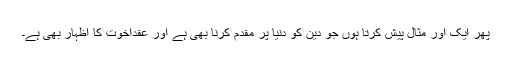
پھر ایک اور مثال پیش کرتا ہوں جو دین کو دنیا پر مقدم کرنا بھی ہے اور عَقدِاخوت کا اظہار بھی ہے۔